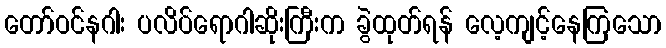
တော်ဝင်နဂါး ပလိပ်ရောဂါဆိုးကြီးက ခွဲထုတ်ရန် လေ့ကျင့်နေကြသော